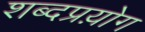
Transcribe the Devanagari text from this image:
शब्दप्रय़ोग